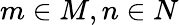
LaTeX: m\in M,n\in N